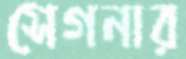
সেগনার